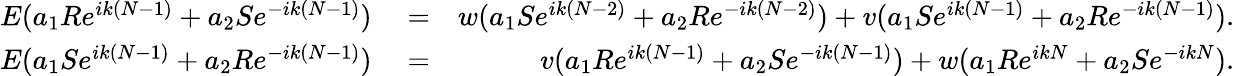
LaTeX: \begin{array}{rlr}{E(a_{1}Re^{ik(N-1)}+a_{2}Se^{-ik(N-1)})}&{{}=}&{w(a_{1}Se^{ik(N-2)}+a_{2}Re^{-ik(N-2)})+v(a_{1}Se^{ik(N-1)}+a_{2}Re^{-ik(N-1)}).}\\ {E(a_{1}Se^{ik(N-1)}+a_{2}Re^{-ik(N-1)})}&{{}=}&{v(a_{1}Re^{ik(N-1)}+a_{2}Se^{-ik(N-1)})+w(a_{1}Re^{ikN}+a_{2}Se^{-ikN}).}\end{array}